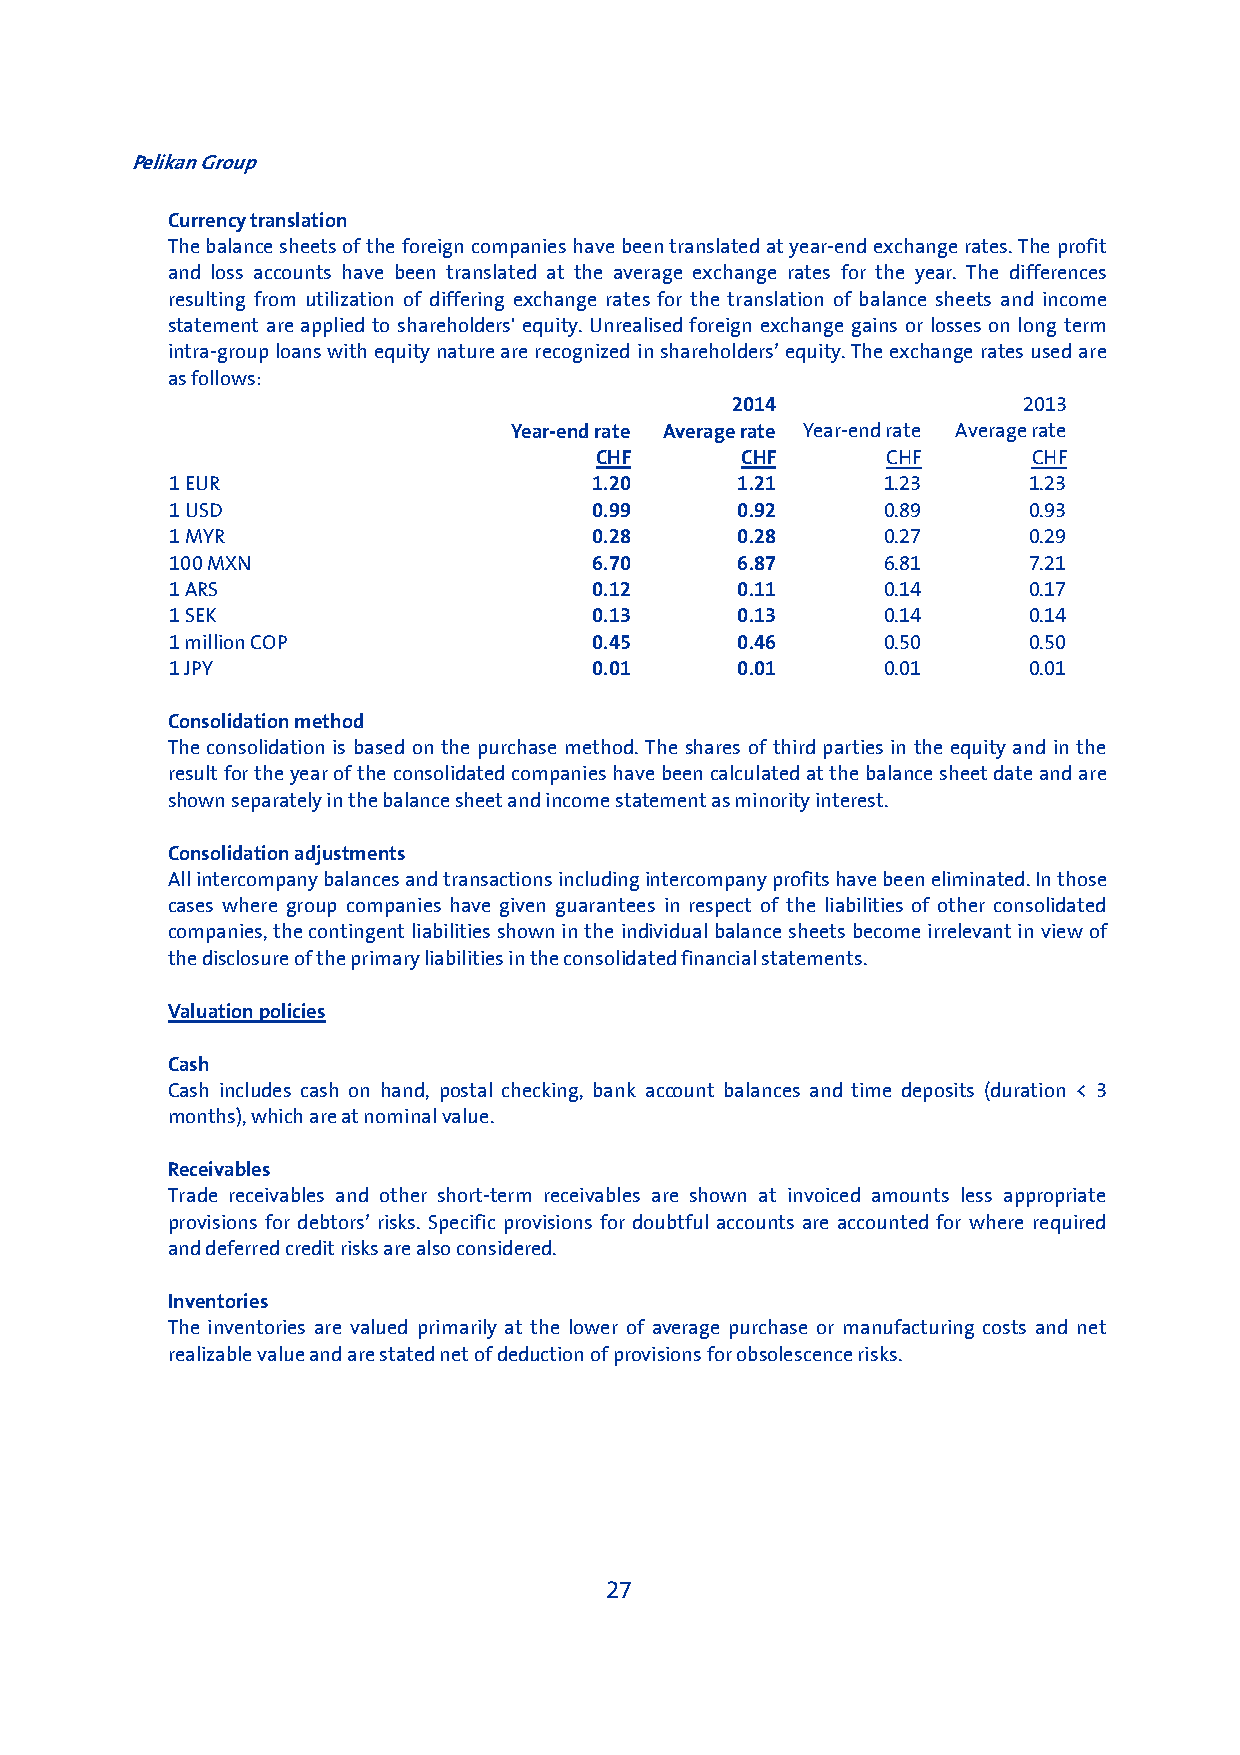
Pelikan Group
 Currency translation
 The balance sheets of the foreign companies have been translated at year-end exchange rates. The profit
 and loss accounts have been translated at the average exchange rates for the year. The differences
 resulting from utilization of differing exchange rates for the translation of balance sheets and income
 statement are applied to shareholders' equity. Unrealised foreign exchange gains or losses on long term
 intra-group loans with equity nature are recognized in shareholders’ equity. The exchange rates used are
 as follows:
 2014                2013
 Year-end rate Average rate Year-end rate Average rate
 CHF       CHF       CHF      CHF
 1 EUR                       1.20      1.21     1.23      1.23
 1 USD                       0.99      0.92     0.89      0.93
 1 MYR                       0.28      0.28     0.27      0.29
 100 MXN                     6.70      6.87     6.81      7.21
 1 ARS                       0.12      0.11     0.14      0.17
 1 SEK                       0.13      0.13     0.14      0.14
 1 million COP               0.45      0.46     0.50      0.50
 1 JPY                       0.01      0.01     0.01      0.01
 Consolidation method
 The consolidation is based on the purchase method. The shares of third parties in the equity and in the
 result for the year of the consolidated companies have been calculated at the balance sheet date and are
 shown separately in the balance sheet and income statement as minority interest.
 Consolidation adjustments
 All intercompany balances and transactions including intercompany profits have been eliminated. In those
 cases where group companies have given guarantees in respect of the liabilities of other consolidated
 companies, the contingent liabilities shown in the individual balance sheets become irrelevant in view of
 the disclosure of the primary liabilities in the consolidated financial statements.
 Valuation policies
 Cash
 Cash includes cash on hand, postal checking, bank account balances and time deposits (duration < 3
 months), which are at nominal value.
 Receivables
 Trade receivables and other short-term receivables are shown at invoiced amounts less appropriate
 provisions for debtors’ risks. Specific provisions for doubtful accounts are accounted for where required
 and deferred credit risks are also considered.
 Inventories
 The inventories are valued primarily at the lower of average purchase or manufacturing costs and net
 realizable value and are stated net of deduction of provisions for obsolescence risks.
 27